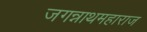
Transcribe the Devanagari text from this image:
जगन्नाथमहाराज